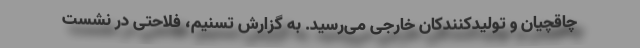
چاقچیان و تولیدکنندکان خارجی می‌رسید. به گزارش تسنیم، فلاحتی در نشست